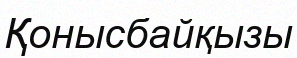
Қонысбайқызы